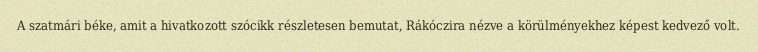
A szatmári béke, amit a hivatkozott szócikk részletesen bemutat, Rákóczira nézve a körülményekhez képest kedvező volt.